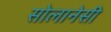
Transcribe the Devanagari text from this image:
सोलानेसी